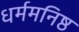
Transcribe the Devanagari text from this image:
धर्ममनिष्ठ